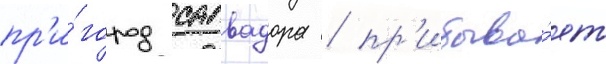
пр'и́город салвадора / пр'ибыва́ет